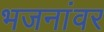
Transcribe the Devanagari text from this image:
भजनांवर